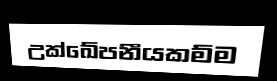
උක්ඛේපනීයකම්ම